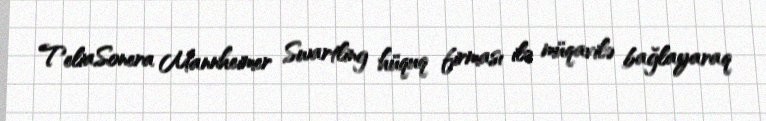
TeliaSonera Mannheimer Swartling hüquq firması ilə müqavilə bağlayaraq